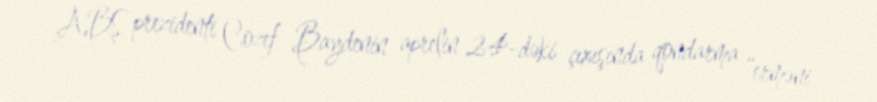
ABŞ prezidenti Cozef Baydenin aprelin 24-dəki çıxışında qondarma “erməni